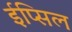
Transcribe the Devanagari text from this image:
ईप्सिल